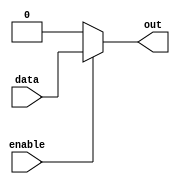
module buffer_enable(
    input data,
    input enable,
    output reg out
);

always @(*) begin
    if (enable) begin
        out = data;
    end else begin
        out = 0;
    end
end

endmodule